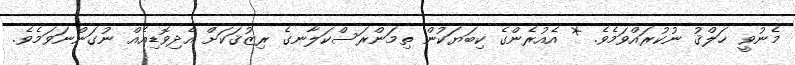
މެނުވީ ޚަލްޤު ނުކުރައްވަމެވެ. * އެއުރެންގެ ކިބަޔަކުން ތިމަންރަސްކަލާނގެ ރިޒުޤަކަށް އެދިވޮޑިއެއް ނުގަންނަވަމެވެ.